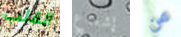
القلب إشعاع من